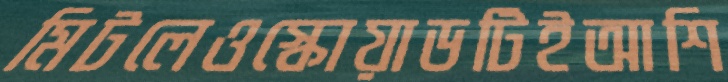
মিটলেওস্কোয়াডটিইআশি